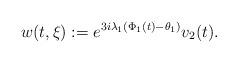
LaTeX: \begin{align*} w(t,\xi) := e^{3i\lambda_1 (\Phi_1(t)-\theta_1)}v_2(t). \end{align*}